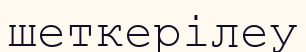
шеткерілеу